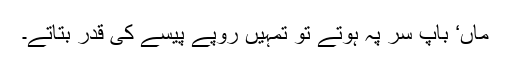
ماں‘ باپ سر پہ ہوتے تو تمہیں روپے پیسے کی قدر بتاتے۔